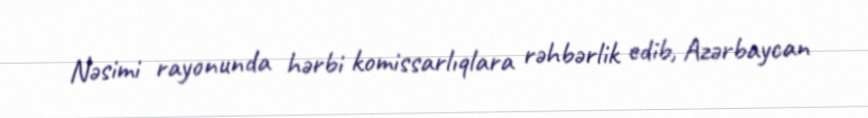
Nəsimi rayonunda hərbi komissarlıqlara rəhbərlik edib, Azərbaycan